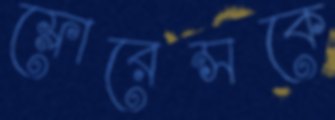
ফ্লোরেন্সকে